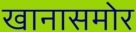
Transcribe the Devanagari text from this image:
खानासमोर